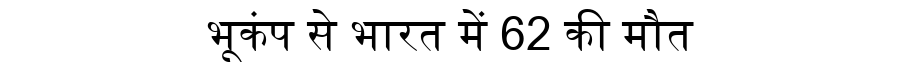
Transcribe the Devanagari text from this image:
भूकंप से भारत में 62 की मौत